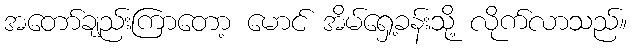
အတော်ချည်းကြာတော့ မောင် အိမ်ရှေ့ခန်းသို့ လိုက်လာသည်။